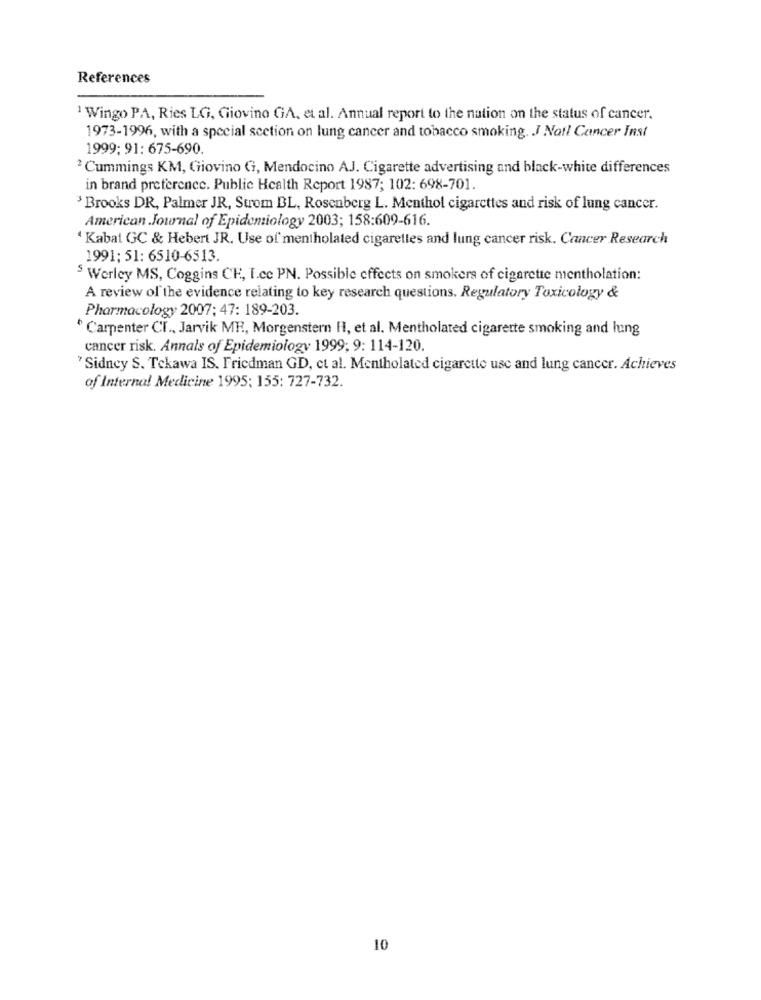
References
1 Wingo PA, Ries LG, Giovino GA, et al. Annual report to the nation on the status of cancer.
1973-1996, with a special section on lung cancer and tobacco smoking. J Natl Cancer Inst
1999: 91: 675-690.
2 Cummings KM, Giovino G, Mendocino AJ. Cigarette advertising and black-white differences
in brand preference. Public Health Report 1987; 102: 698-701.
Brooks DR, Palmer JR, Strom BL, Rosenberg L. Menthol cigarettes and risk of lung cancer.
American Journal of Epidemiology 2003; 158:609-616.
Kabat GC & Hebert JR. Use of' mentholated cigarettes and lung cancer risk. Cancer Research
1991: 51: 6510-6513.
$ Werley MS, Coggins CE, I.ce PN. Possible effects on smokers of cigarette mentholation:
A review of the evidence relating to key research questions, Regulatory Toxicology &
Pharmacology 2007; 47: 189-203.
Carpenter CI ., Jarvik MR, Morgenstern H, et al. Mentholated cigarette smoking and lung
cancer risk. Annals of Epidemiology 1999; 9: 114-120.
Sidney S. Tekawa IS. Friedman GD, et al. Mentholated cigarette use and lung cancer. Achieves
of Internal Medicine 1995; 155: 727-732.
10